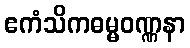
ဧကံသိကဓမ္မဝဏ္ဏနာ